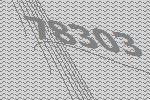
78303